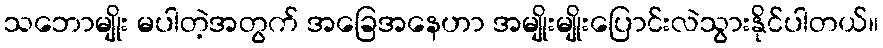
သဘောမျိုး မပါတဲ့အတွက် အခြေအနေဟာ အမျိုးမျိုးပြောင်းလဲသွားနိုင်ပါတယ်။